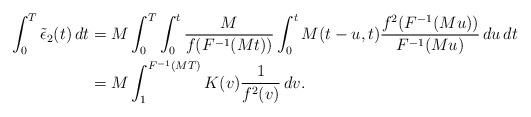
LaTeX: \begin{align*}\int_0^T \tilde{\epsilon}_2(t)\,dt &= M\int_0^T \int_0^t \frac{M}{f(F^{-1}(Mt))} \int_0^t M(t-u,t) \frac{f^2(F^{-1}(Mu))}{F^{-1}(Mu)}\,du\,dt\\&=M\int_1^{F^{-1}(MT)} K(v)\frac{1}{f^2(v)}\,dv.\end{align*}